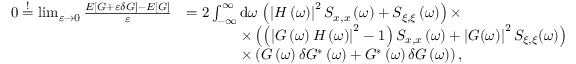
\begin{array} { r l } { 0 \stackrel { ! } { = } \operatorname* { l i m } _ { \varepsilon \to 0 } \frac { E \left[ G + \varepsilon \delta G \right] - E \left[ G \right] } { \varepsilon } } & { = 2 \int _ { - \infty } ^ { \infty } \mathrm { d } \omega \, \left( \left| H \left( \omega \right) \right| ^ { 2 } S _ { x , x } \left( \omega \right) + S _ { \xi , \xi } \left( \omega \right) \right) \times } \\ & { \hphantom { = 2 \int _ { - \infty } ^ { \infty } } \times \left( \left( \left| G \left( \omega \right) H \left( \omega \right) \right| ^ { 2 } - 1 \right) S _ { x , x } \left( \omega \right) + \left| G ( \omega ) \right| ^ { 2 } S _ { \xi , \xi } ( \omega ) \right) } \\ & { \hphantom { = 2 \int _ { - \infty } ^ { \infty } } \times \left( G \left( \omega \right) \delta G ^ { * } \left( \omega \right) + G ^ { * } \left( \omega \right) \delta G \left( \omega \right) \right) , } \end{array}